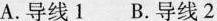
A. 导线1 B. 导线2